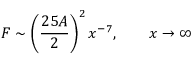
F \sim \left( \frac { 2 5 A } 2 \right) ^ { 2 } x ^ { - 7 } , \qquad x \rightarrow \infty